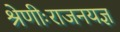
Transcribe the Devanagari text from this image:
श्रेणीःराजनयज्ञ